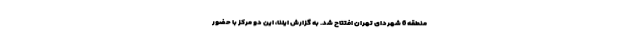
منطقه 6 شهردای تهران افتتاح شد. به گزارش ایلنا، این دو مرکز با حضور